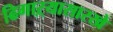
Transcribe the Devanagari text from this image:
ढिगाऱ्यासारखे